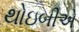
થોઇબીએ